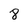
Character: 8